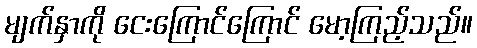
မျက်နှာကို ငေးကြောင်ကြောင် မော့ကြည့်သည်။